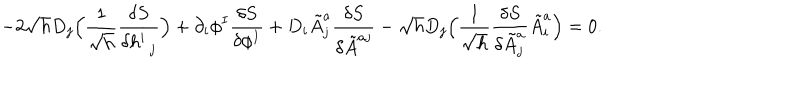
- 2 \sqrt { h } D _ { j } \Bigl ( \frac { 1 } { \sqrt { h } } \frac { \delta S } { \delta h _ { \hspace { 0 . 5 e m } j } ^ { i } } \Bigr ) + \partial _ { i } \phi ^ { I } \frac { \delta S } { \delta \phi ^ { I } } + D _ { i } \tilde { A } _ { j } ^ { a } \frac { \delta S } { \delta \tilde { A } ^ { a j } } - \sqrt { h } D _ { j } \Bigl ( \frac { 1 } { \sqrt { h } } \frac { \delta S } { \delta \tilde { A } _ { j } ^ { a } } \tilde { A } _ { i } ^ { a } \Bigr ) = 0 .